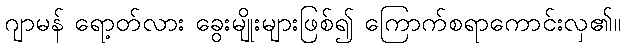
ဂျာမန် ရော့တ်လား ခွေးမျိုးများဖြစ်၍ ကြောက်စရာကောင်းလှ၏။